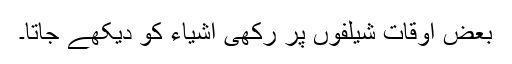
بعض اوقات شیلفوں پر رکھی اشیاء کو دیکھے جاتا۔